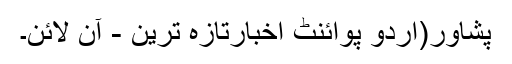
پشاور(اُردو پوائنٹ اخبارتازہ ترین - آن لائن۔